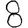
Digit: 8